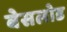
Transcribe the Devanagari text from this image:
बेसलोड